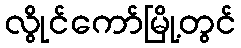
လွိုင်ကော်မြို့တွင်